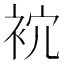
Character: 𧙇